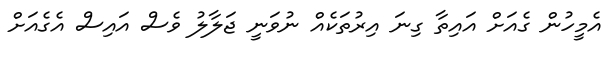
އެމީހުން ގެއަށް އައިތާ ގިނަ އިރުތަކެއް ނުވަނީ ޖަލާލު ވެސް އައިސް އެގެއަށް